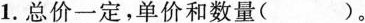
1. 总价一定，单价和数量( )。